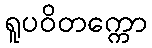
ရူပဝိတက္ကော